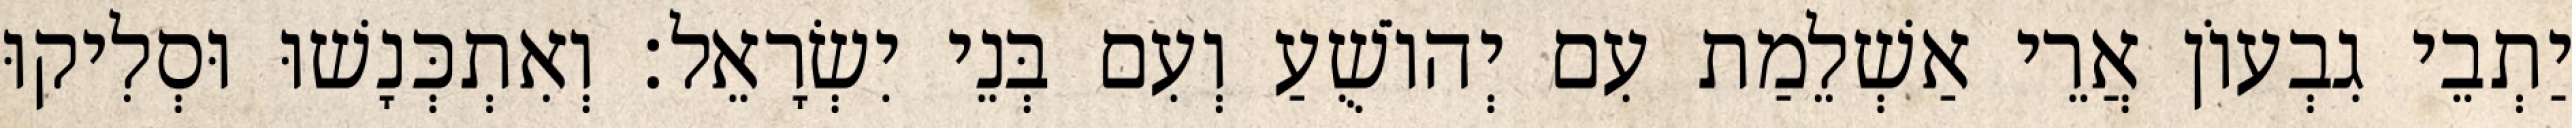
יַתְבֵי גִבְעוֹן אֲרֵי אַשְׁלֵמַת עִם יְהוֹשֻׁעַ וְעִם בְּנֵי יִשְׂרָאֵל׃ וְאִתְכְּנָשׁוּ וּסְלִיקוּ